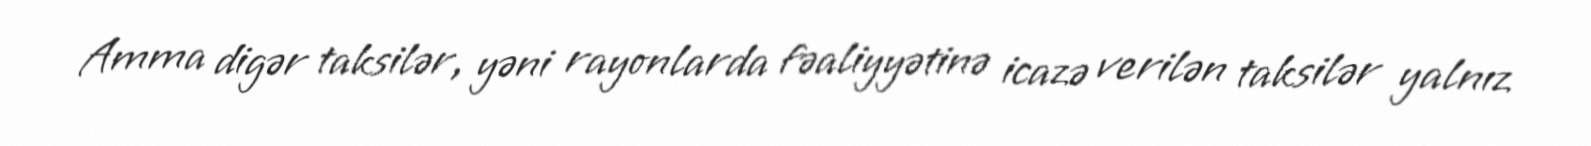
Amma digər taksilər, yəni rayonlarda fəaliyyətinə icazə verilən taksilər yalnız